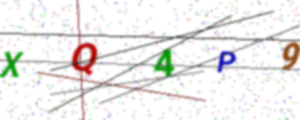
Text: XQ4P9